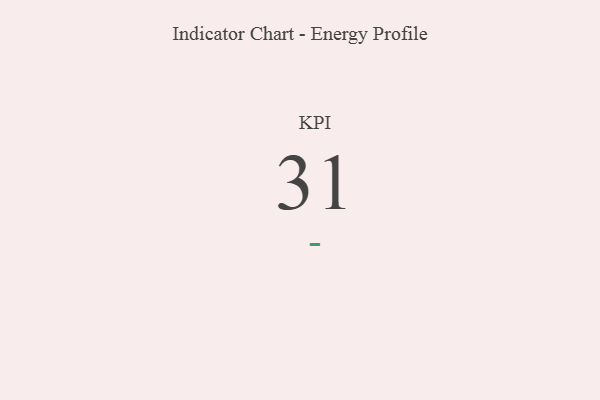
{"axis": {"x": "KPI", "y": "Value"}, "legend": [""], "data": [{"x": "KPI", "y": 31, "type": ""}]}